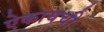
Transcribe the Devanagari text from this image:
ऐकायची